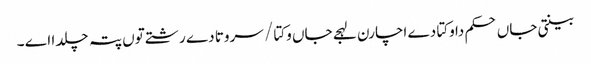
بینتی جاں حکم دا وکتا دے اچارن لہجے جاں وکتا / سروتا دے رشتے توں پتہ چلدا اے ۔